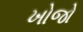
ખોજો